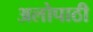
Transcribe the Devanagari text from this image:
अलोपाठी